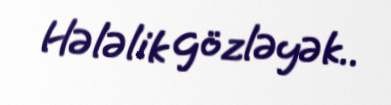
Hələlik gözləyək..